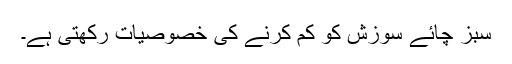
سبز چائے سوزش کو کم کرنے کی خصوصیات رکھتی ہے۔